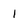
Character: 1